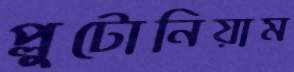
প্লুটোনিয়াম